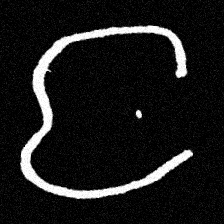
Pyu character \u2014 Myanmar letter: င (romanized: nga)